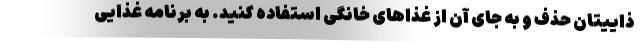
ذاییتان حذف و به جای آن از غذاهای خانگی استفاده کنید. به برنامه غذایی